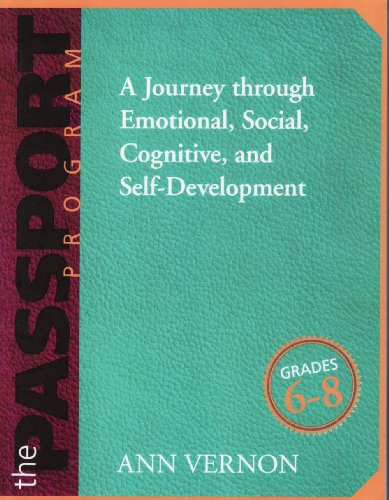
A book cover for The PASSPORT Program: A Journey through Emotional, Social, Cognitive, and Self-Development/Grades 6-8; Ann Vernon; Teen & Young Adult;